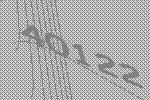
40122